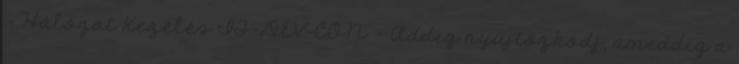
– Hálózat Kezelés IT-DEV-CON – Addig nyújtózkodj, ameddig a